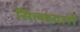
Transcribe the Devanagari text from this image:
सिलहदारों